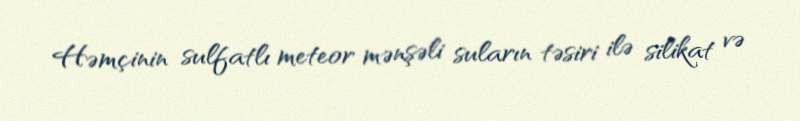
Həmçinin sulfatlı meteor mənşəli suların təsiri ilə silikat və